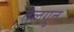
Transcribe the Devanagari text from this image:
तेलगुत